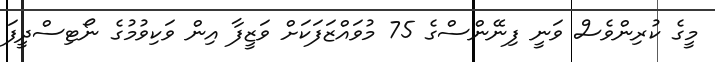
މީގެ ކުރިންވެސް ވަނީ ފިނޭންސްގެ 75 މުވައްޒަފަކަށް ވަޒީފާ އިން ވަކިވުމުގެ ނޯޓިސްދީފަ